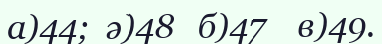
а)44;  ә)48   б)47    в)49.